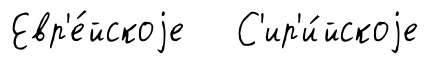
Евр'е́йскоjе С'ир'и́йскоjе